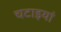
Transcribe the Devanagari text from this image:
चटाइयां